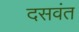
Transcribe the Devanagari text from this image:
दसवंत